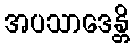
အပသာဒေန္တိ